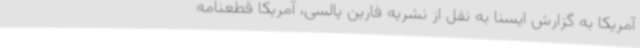
آمریکا به گزارش ایسنا به نقل از نشریه فارین پالسی، آمریکا قطعنامه